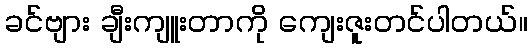
ခင်ဗျား ချီးကျူးတာကို ကျေးဇူးတင်ပါတယ်။